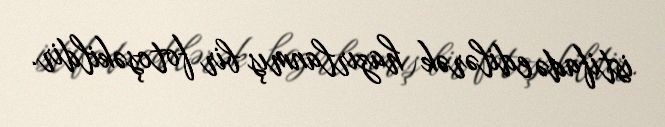
istifadə edilərək hazırlanmış bir fotoşəkildir.